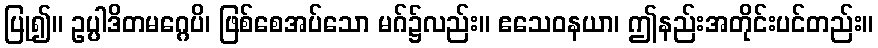
ပြု၍။ ဥပ္ပါဒိတမဂ္ဂေပိ၊ ဖြစ်စေအပ်သော မဂ်၌လည်း။ ဧသေဝနယာ၊ ဤနည်းအတိုင်းပင်တည်း။